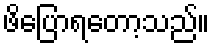
ဖိပြောရတော့သည်။